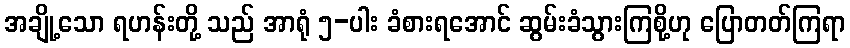
အချို့သော ရဟန်းတို့ သည် အာရုံ ၅-ပါး ခံစားရအောင် ဆွမ်းခံသွားကြစို့ဟု ပြောတတ်ကြရာ